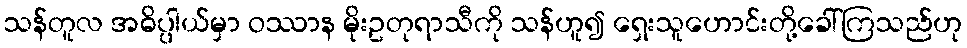
သန်တူလ အဓိပ္ပါယ်မှာ ဝဿာန မိုးဥတုရာသီကို သန်ဟူ၍ ရှေးသူဟောင်းတို့ခေါ်ကြသည်ဟု